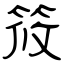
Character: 筱